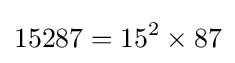
15287=15^{2}\times 87